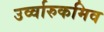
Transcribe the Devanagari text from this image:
उर्व्वारुकमिव